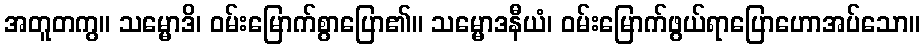
အတူတကွ။ သမ္မောဒိ၊ ဝမ်းမြောက်စွာပြော၏။ သမ္မောဒနီယံ၊ ဝမ်းမြောက်ဖွယ်ရာပြောဟောအပ်သော။